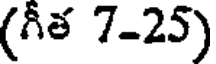
(గీత 7-25)